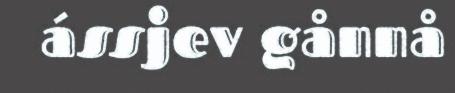
ássjev gånnå